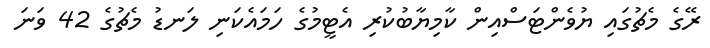
ރޭގެ މެޗުގައި ޔުވެންޓަސްއިން ކާމިޔާބުކުރި އެޓީމުގެ ހަމައެކަނި ލަނޑު މެޗުގެ 42 ވަނަ